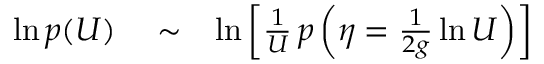
\begin{array} { r l r } { \ln p ( U ) } & { { } \sim } & { \ln \left\lbrack \frac { 1 } { U } \, p \left( \eta = \frac { 1 } { 2 g } \ln U \right) \right\rbrack } \end{array}